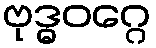
ဗုဒ္ဓဝဂ္ဂေ